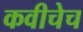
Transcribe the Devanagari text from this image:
कवीचेच